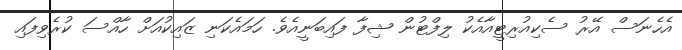
އެހެނަސް އޭރު ސެކިއުރިޓީއާއެކު ލިފްޓުން ޝިފާ ފައިބަނީއެވެ. ހަމައެކަނި ޒައިކުއަށް ހާއްސަ ކުރެވިފައި